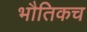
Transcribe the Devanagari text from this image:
भौतिकच